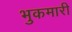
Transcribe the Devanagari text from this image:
भुकमारी